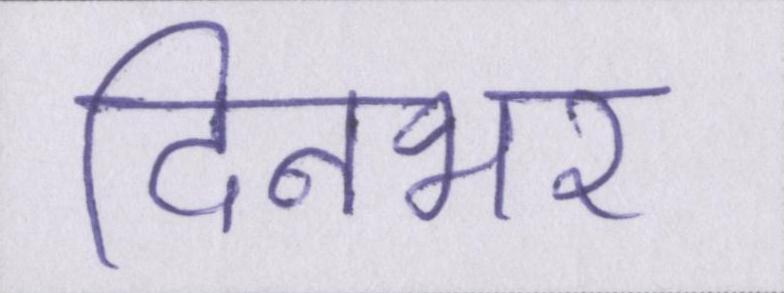
दिनभर